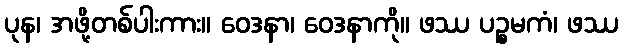
ပုန၊ အဖို့တစ်ပါးကား။ ဝေဒနာ၊ ဝေဒနာကို။ ဖဿ ပဉ္စမကံ၊ ဖဿ